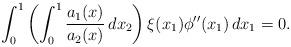
LaTeX: \begin{align*}\int_0^1 \left (\int_0^1 \frac{a_1(x)}{a_2(x)}\,dx_2\right) \xi(x_1) \phi''(x_1)\,dx_1=0.\end{align*}